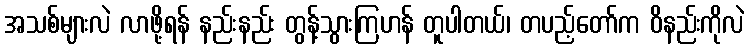
အသစ်များလဲ လာဖို့ရန် နည်းနည်း တွန့်သွားကြဟန် တူပါတယ်၊ တပည့်တော်က ဝိနည်းကိုလဲ